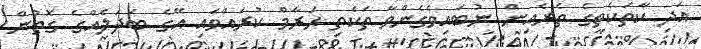
އަދި ކާތަކެތީގެ ތެރެއިން ނުބައިވެގެންވާ ތަކެތި ޙަރާމް ކުރައްވައި އޭގެ ބަދަލެއްގެ ގޮތުން